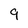
Character: 9